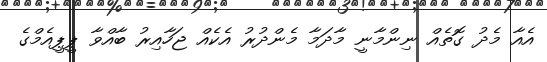
އެއާ މެދު ގޮތެއް ނިންމާނީ މާދަމާ މެންދުރު އެކެއް ޖަހާއިރު ބާއްވާ ޕީޕީއެެމްގެ